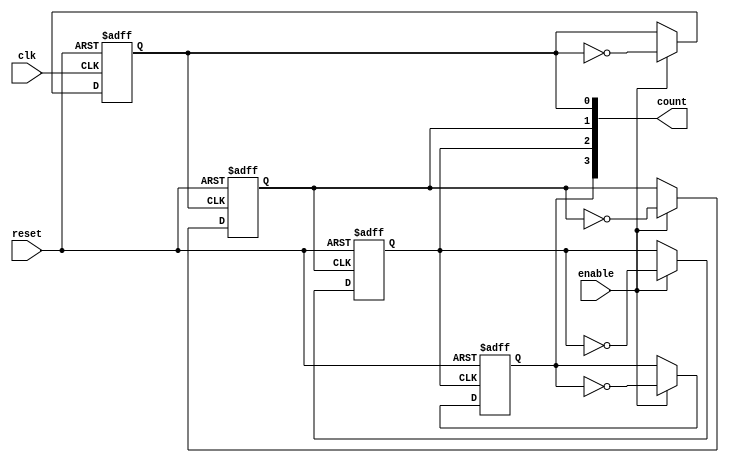
module Chained_Parallel_Counter #(
    parameter N = 4,         // Number of bits in the counter
    parameter CHAINED = 1    // Set to 1 for chained, 0 for parallel
)(
    input wire clk,          // Clock signal
    input wire reset,        // Asynchronous reset signal
    input wire enable,       // Enable signal
    output reg [N-1:0] count // n-bit counter output
);

// Chained Counter Logic
generate
    if (CHAINED) begin
        // Chained configuration (ripple counter)
        genvar i;
        for (i = 0; i < N; i = i + 1) begin: chained_ff
            if (i == 0) begin
                // First flip-flop, triggered by clock
                always @(posedge clk or posedge reset) begin
                    if (reset) 
                        count[i] <= 0;
                    else if (enable) 
                        count[i] <= ~count[i]; // Toggle
                end
            end else begin
                // Subsequent flip-flops, triggered by the output of previous FF
                always @(posedge count[i-1] or posedge reset) begin
                    if (reset) 
                        count[i] <= 0;
                    else if (enable) 
                        count[i] <= ~count[i]; // Toggle
                end
            end
        end
    end else begin
        // Parallel configuration (synchronous counter)
        always @(posedge clk or posedge reset) begin
            if (reset) begin
                count <= 0; // Reset counter to zero
            end else if (enable) begin
                count <= count + 1; // Increment counter
            end
        end
    end
endgenerate

endmodule